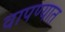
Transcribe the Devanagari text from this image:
वापण्यात